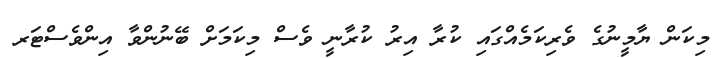
މިކަން ޔާމީނުގެ ވެރިކަމެއްގައި ކުރާ އިރު ކުރާނީ ވެސް މިކަމަށް ބޭނުންވާ އިންވެސްޓަރ